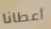
أعطانا